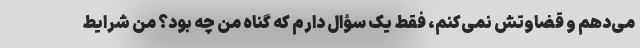
می‌دهم و قضاوتش نمی‌کنم، فقط یک سؤال دارم که گناه من چه بود؟ من شرایط